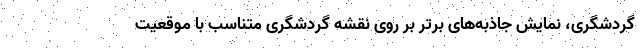
گردشگری، نمایش جاذبه‌های برتر بر روی نقشه گردشگری متناسب با موقعیت